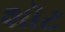
શૉટ